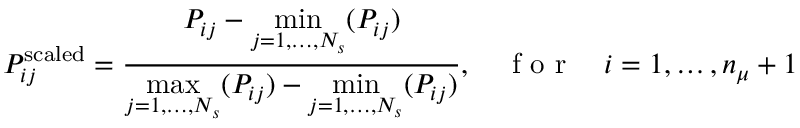
P _ { i j } ^ { \mathrm { s c a l e d } } = \frac { P _ { i j } - \underset { j = 1 , \ldots , N _ { s } } { \operatorname* { m i n } } ( P _ { i j } ) } { \underset { j = 1 , \ldots , N _ { s } } { \operatorname* { m a x } } ( P _ { i j } ) - \underset { j = 1 , \ldots , N _ { s } } { \operatorname* { m i n } } ( P _ { i j } ) } , \quad \mathrm { ~ f ~ o ~ r ~ } \quad i = 1 , \ldots , n _ { \mu } + 1